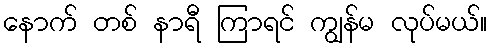
နောက် တစ် နာရီ ကြာရင် ကျွန်မ လုပ်မယ်။